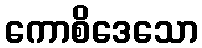
ကောစိဒေသော